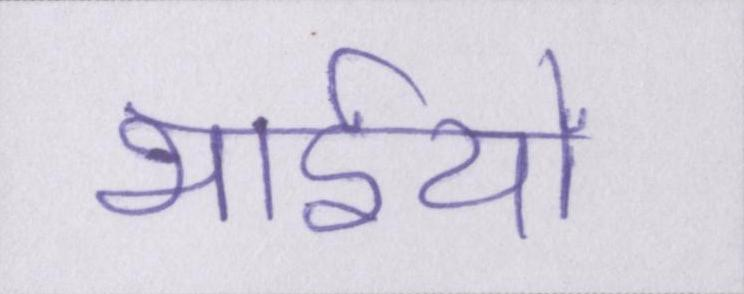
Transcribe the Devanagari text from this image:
भाईयों